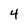
Character: 4